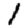
Digit: 1